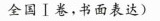
全国Ⅰ卷，书面表达)